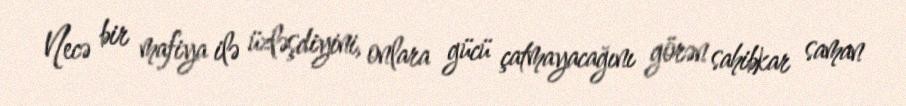
Necə bir mafiya ilə üzləşdiyini, onlara gücü çatmayacağını görən sahibkar saman